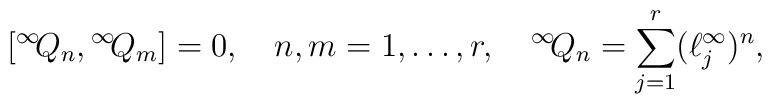
[{}^\infty\! Q_n,{}^\infty\! Q_m]=0,\quad n,m=1,\ldots,r,\quad   {}^\infty\! Q_n=\sum_{j=1}^r(\ell^\infty_j)^n,